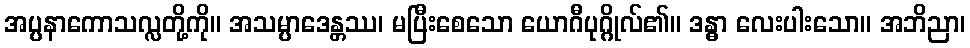
အပ္ပနာကောသလ္လတို့ကို။ အသမ္ပာဒေန္တဿ၊ မပြီးစေသော ယောဂီပုဂ္ဂိုလ်၏။ ဒန္ဓာ လေးပါးသော။ အဘိညာ၊